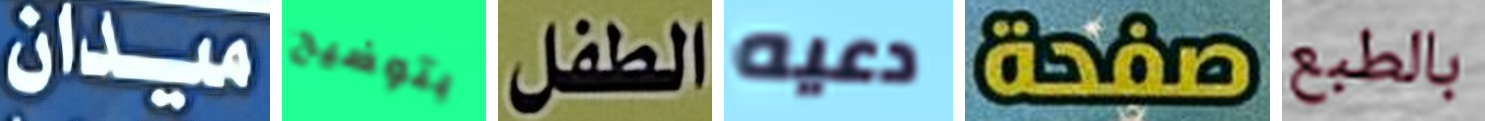
ميدان بتوضيح الطفل دعيه صفحة بالطبع